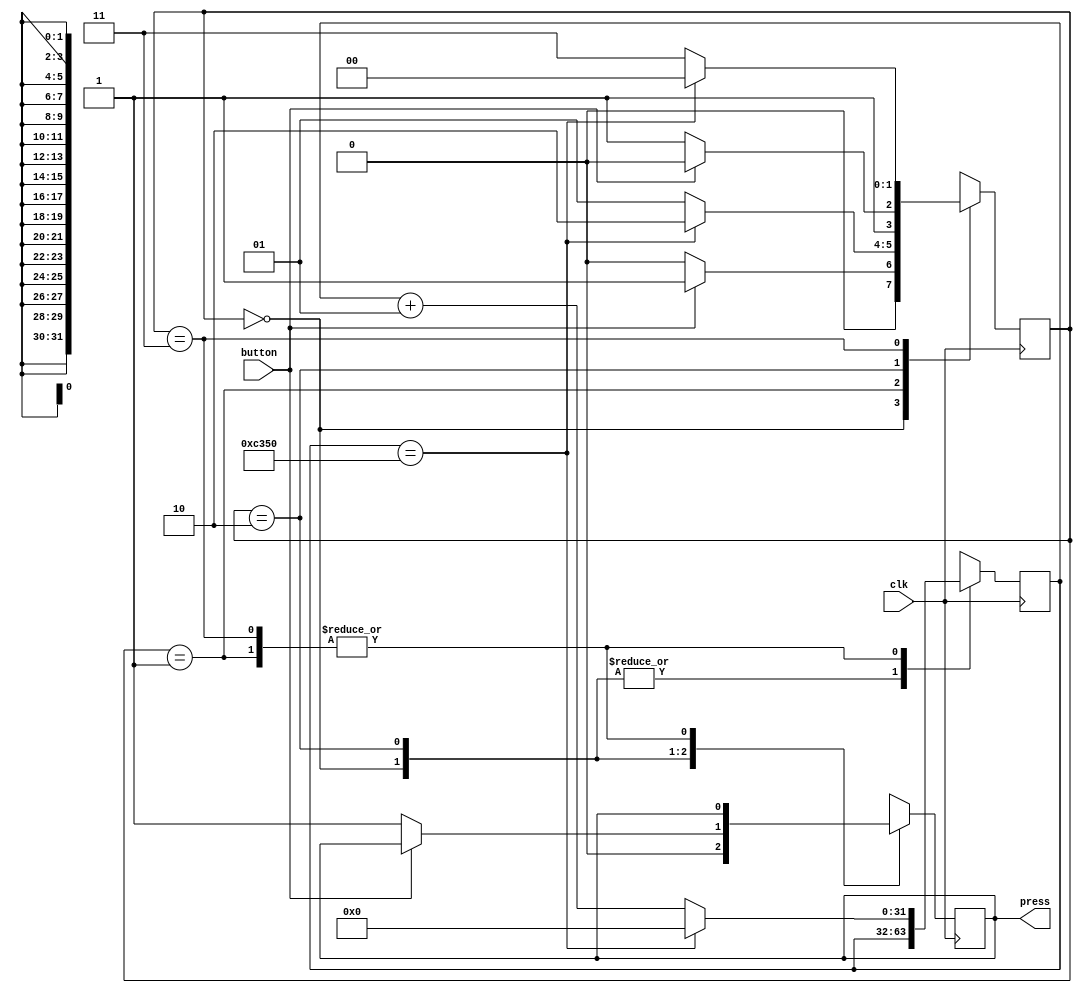
`timescale 1ns / 1ps
//////////////////////////////////////////////////////////////////////////////////
// Company: 
// Engineer: 
// 
// Design Name: 
// Module Name:    push_button_test 
// Project Name: 
// Target Devices: 
// Tool versions: 
// Description: 
//
// Dependencies: 
//
// Revision: 
// Revision 0.01 - File Created
// Additional Comments: 
//
//////////////////////////////////////////////////////////////////////////////////
module push_button_test1(button,clk,press);
input button;
input clk;
output reg press=1'b0;

parameter [1:0] 	wait_for_press=2'b00,
						press_delay=2'b01,
						wait_for_release=2'b10,
						release_delay=2'b11;

reg [1:0] state=wait_for_press;

integer counter=0;

always @(posedge clk)
	begin
	case (state)
		wait_for_press : 	begin
								press=1'b0;
								if (button==1'b1)
								state=press_delay;
								else
								state=wait_for_press;
								end
		press_delay		:	begin
								if (counter==50000)
									begin
									counter=0;
									state=wait_for_release;
									end
								else
									begin
									counter=counter+1;
									state=press_delay;
									end
								end
		wait_for_release: begin
								if (button==1'b0)
									begin
									press=1'b1;
									state=release_delay;
									end
								else
									begin
									state=wait_for_release;
									end
								end
		release_delay	:	begin
								//press=1'b0;
								if (counter==50000)
									begin
									counter=0;
									state=wait_for_press;
									end
								else
									begin
									counter=counter+1;
									state=release_delay;
									end
								end
	endcase	
	end
endmodule